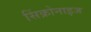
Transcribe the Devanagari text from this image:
सिंक्रोनाइज